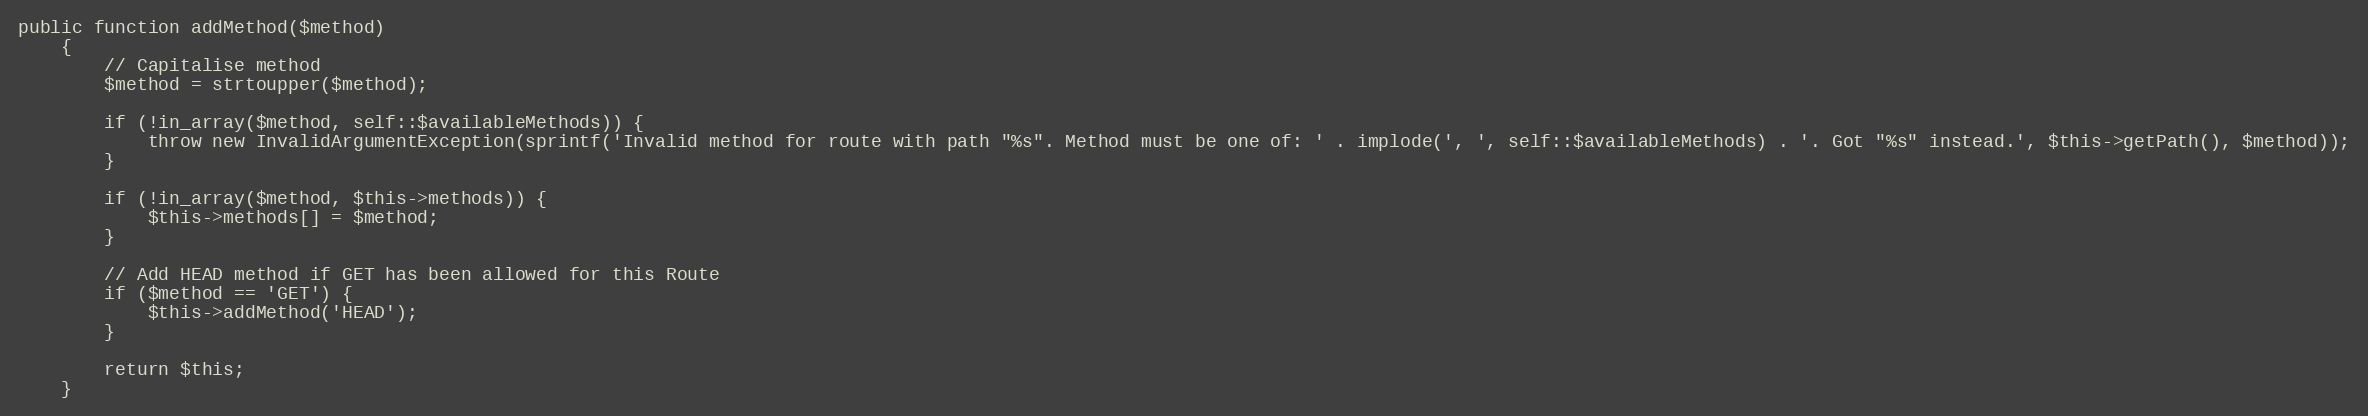
Language: PHP
public function addMethod($method)
    {
        // Capitalise method
        $method = strtoupper($method);

        if (!in_array($method, self::$availableMethods)) {
            throw new InvalidArgumentException(sprintf('Invalid method for route with path "%s". Method must be one of: ' . implode(', ', self::$availableMethods) . '. Got "%s" instead.', $this->getPath(), $method));
        }

        if (!in_array($method, $this->methods)) {
            $this->methods[] = $method;
        }

        // Add HEAD method if GET has been allowed for this Route
        if ($method == 'GET') {
            $this->addMethod('HEAD');
        }

        return $this;
    }